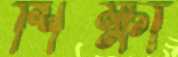
শিক্ষা